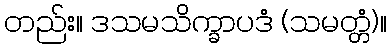
တည်း။ ဒသမသိက္ခာပဒံ (သမတ္တံ)။